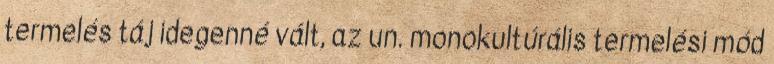
termelés táj idegenné vált, az un. monokultúrális termelési mód